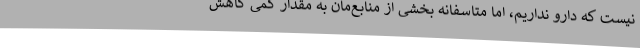
نیست که دارو نداریم، اما متاسفانه بخشی از منابع‌مان به مقدار کمی کاهش